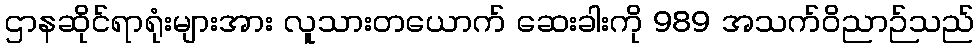
ဌာနဆိုင်ရာရုံးများအား လူသားတယောက် ဆေးခါးကို 989 အသက်ဝိညာဉ်သည်